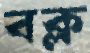
বক্ল